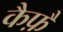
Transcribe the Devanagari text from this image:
कैफ़ै